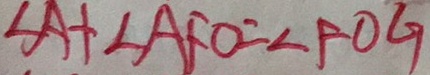
\angle A + \angle A F O = \angle F O G